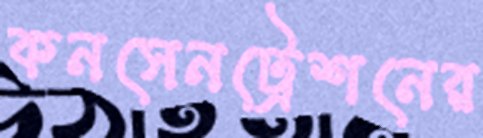
কনসেনট্রেশনের